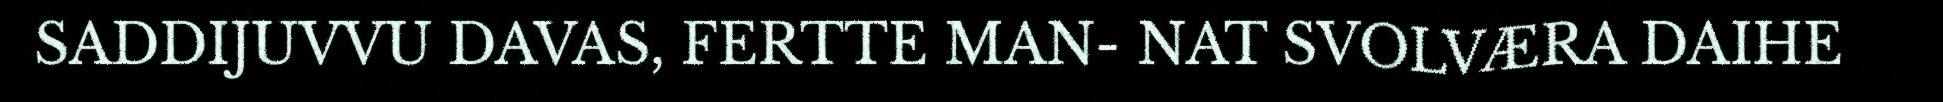
SADDIJUVVU DAVAS, FERTTE MAN- NAT SVOLVÆRA DAIHE